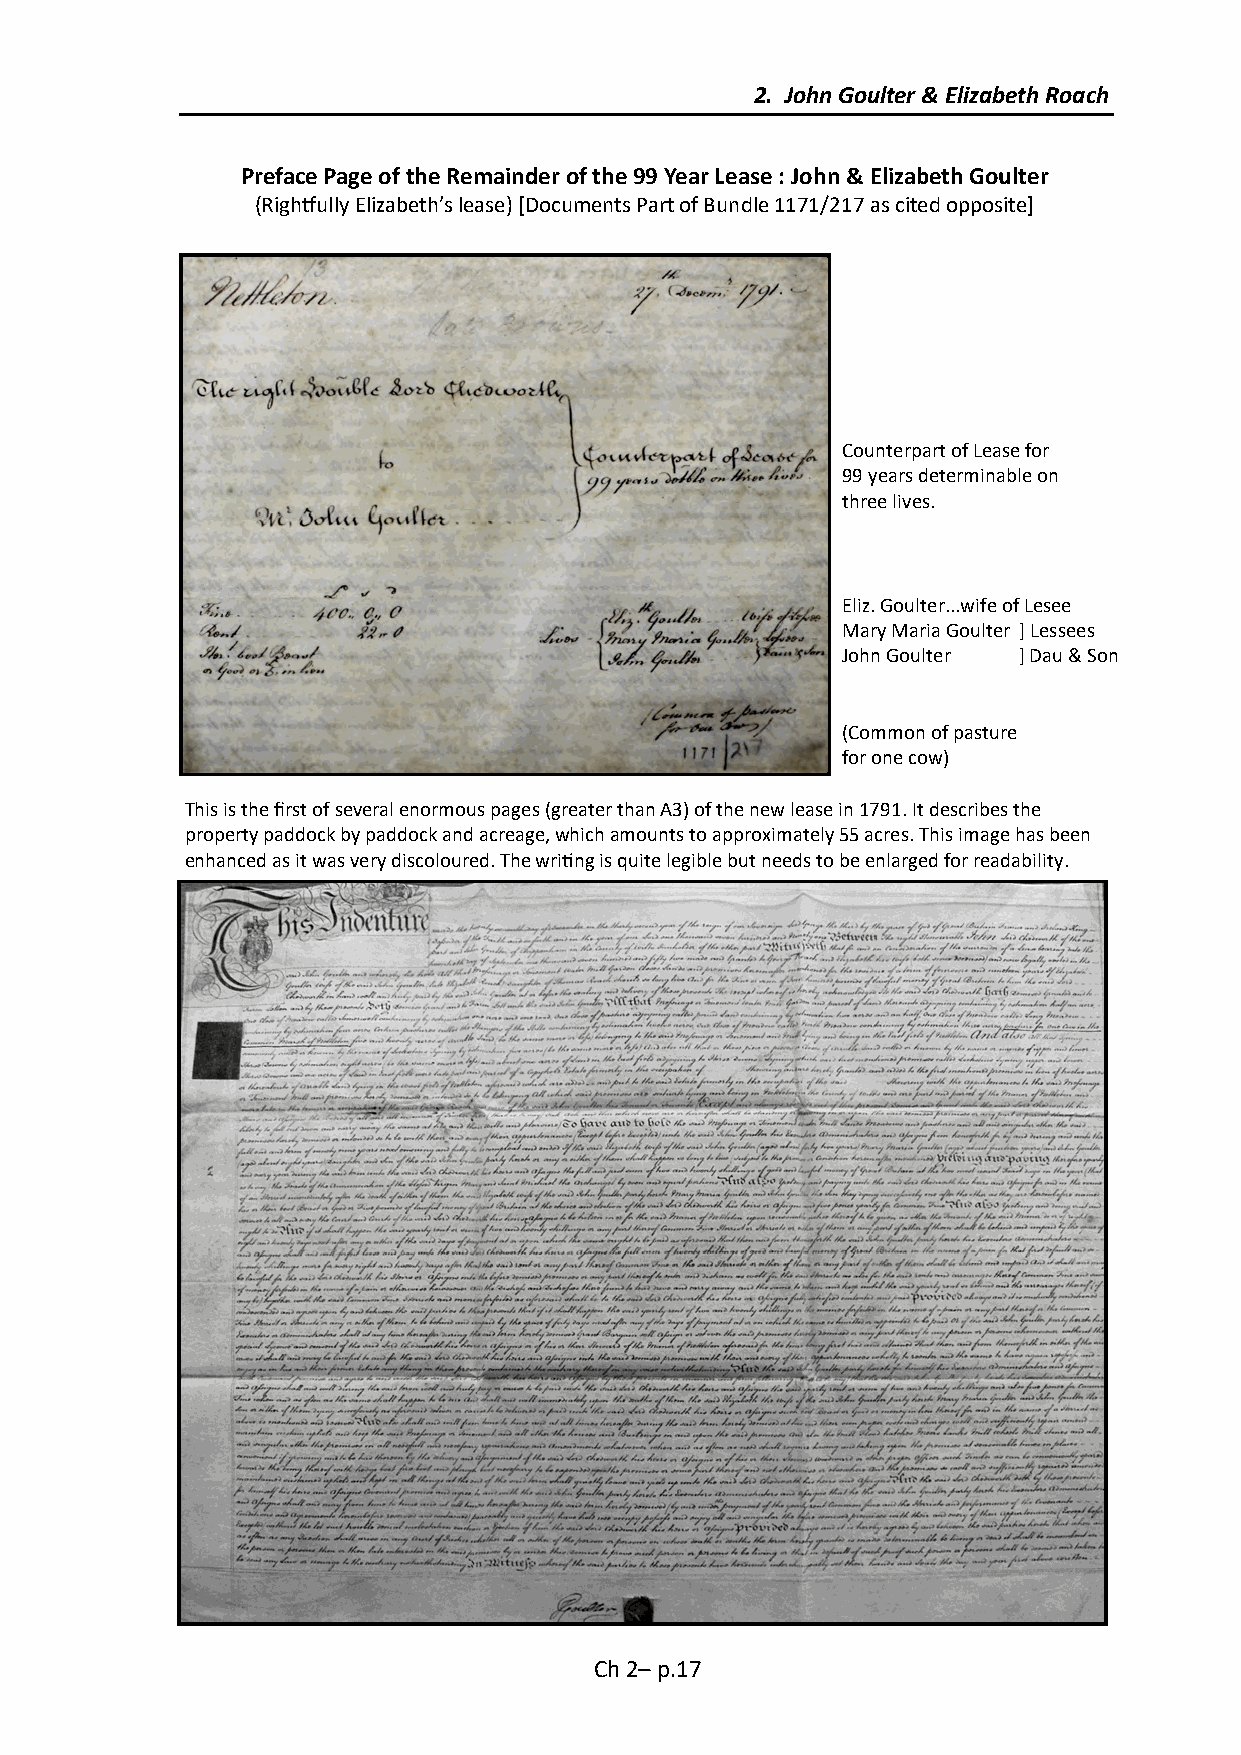
2. John Goulter & Elizabeth Roach
 Preface Page of the Remainder of the 99 Year Lease : John & Elizabeth Goulter
 (Rightfully Elizabeth’s lease) [Documents Part of Bundle 1171/217 as cited opposite]
 Counterpart of Lease for
 99 years determinable on
 three lives.
 Eliz. Goulter...wife of Lesee
 Mary Maria Goulter ] Lessees
 John Goulter ] Dau & Son
 (Common of pasture
 for one cow)
 This is the first of several enormous pages (greater than A3) of the new lease in 1791. It describes the
 property paddock by paddock and acreage, which amounts to approximately 55 acres. This image has been
 enhanced as it was very discoloured. The writing is quite legible but needs to be enlarged for readability.
 Ch 2– p.17